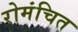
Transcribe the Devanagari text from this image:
रोमंचित